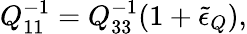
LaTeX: Q_{11}^{-1}=Q_{33}^{-1}(1+\tilde{\epsilon}_{Q}),